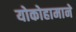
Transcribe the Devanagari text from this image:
योकोहामाने